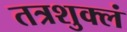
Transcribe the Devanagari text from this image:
तत्रशुक्लं